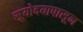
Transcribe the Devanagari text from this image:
सूयोदयापासून